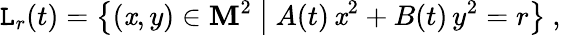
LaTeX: \mathtt{L}_{r}(t)=\big\{ (\mathit{x},y)\in\mathbf{M}^{2}\ \big|\ A(t)\, \mathit{x}^{2}+B(t)\, y^{2}=r\big\} \ ,